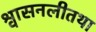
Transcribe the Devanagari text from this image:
श्वासनलीतथा